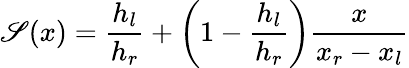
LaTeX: \mathscr{S}(x)=\frac{{h_{l}}}{{h_{r}}}+\left(1-\frac{{h_{l}}}{{h_{r}}}\right)\frac{{x}}{{x_{r}-x_{l}}}